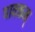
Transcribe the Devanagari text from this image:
पावकम्